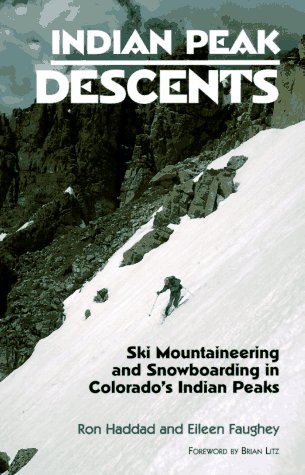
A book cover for Indian Peak Descents: Ski Mountaineering & Snowboarding in Colorado's Indian Peaks; Ron Haddad; Sports & Outdoors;